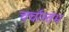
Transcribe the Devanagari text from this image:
चर्चास्तंभ